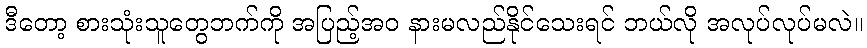
ဒီတော့ စားသုံးသူတွေဘက်ကို အပြည့်အဝ နားမလည်နိုင်သေးရင် ဘယ်လို အလုပ်လုပ်မလဲ။